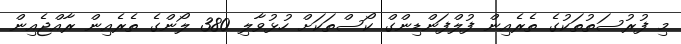
މި ފުރުސަތުތަކުގެ ތެރެއިން ފުލްފަންޑިންގް ކޯސްތަކަށް ހުޅުވާލި 380 ލޯންގެ ތެރެއިން ރާއްޖެއިން